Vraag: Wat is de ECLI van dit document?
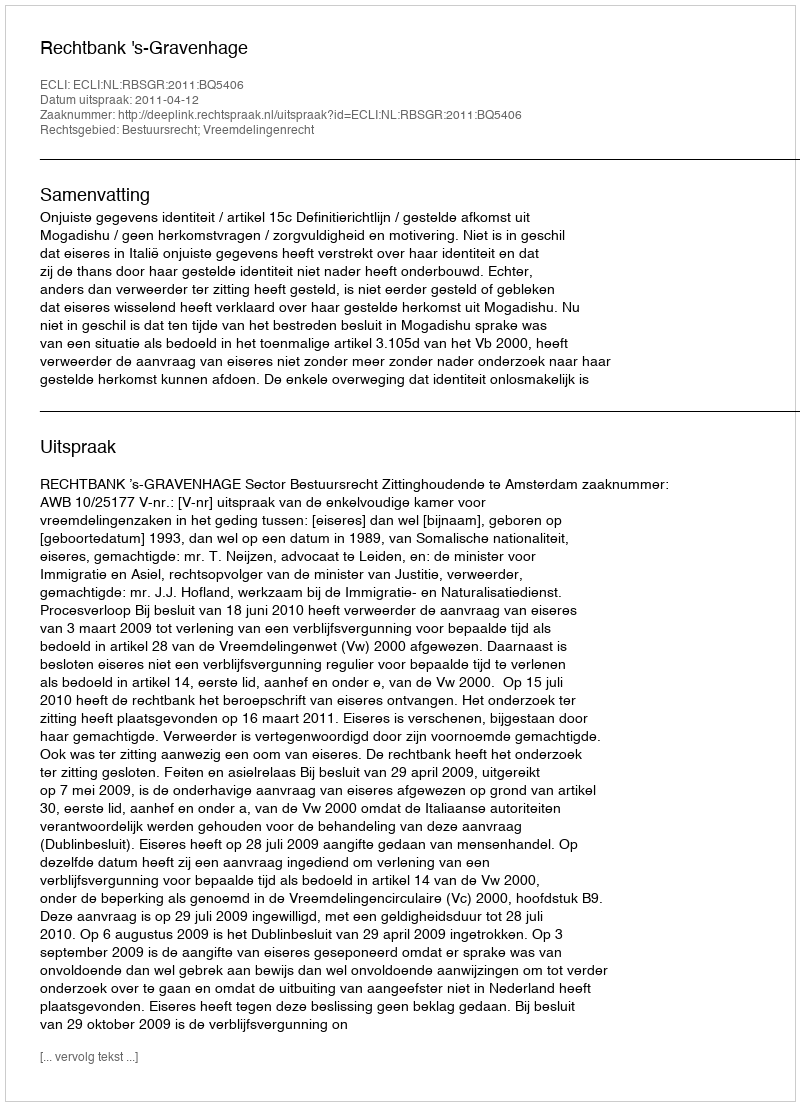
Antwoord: ECLI:NL:RBSGR:2011:BQ5406